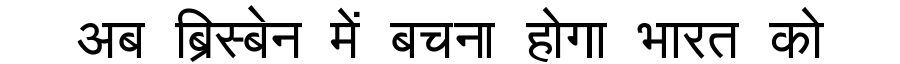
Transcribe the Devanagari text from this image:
अब ब्रिस्बेन में बचना होगा भारत को